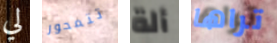
لي تتمحور ألة تراها